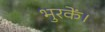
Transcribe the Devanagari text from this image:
भुरकें।